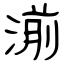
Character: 湔